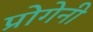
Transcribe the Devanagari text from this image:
प्रोगेनी